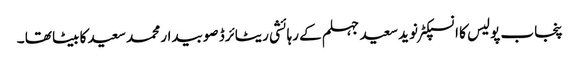
پنجاب پولیس کا انسپکٹر نوید سعید جہلم کے رہائشی ریٹائرڈ صوبیدار محمد سعید کا بیٹا تھا ۔